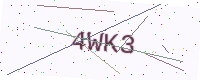
Text: 4WK3